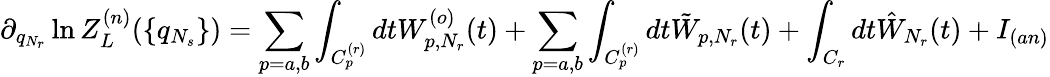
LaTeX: \partial_{q_{N_{r}}}\ln Z_{L}^{(n)}(\{ q_{N_{s}}\} )=\sum_{p=a,b}\int_{C_{p}^{(r)}}dtW_{p,N_{r}}^{(o)}(t)+\sum_{p=a,b}\int_{C_{p}^{(r)}}dt\tilde{W}_{p,N_{r}}(t)+\int_{C_{r}}dt\hat{W}_{N_{r}}(t)+I_{(an)}